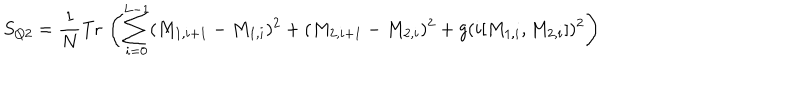
S _ { Q 2 } = \frac { 1 } { N } \mathrm { T r } \, \left( \sum _ { i = 0 } ^ { L - 1 } ( M _ { 1 , i + 1 } - M _ { 1 , i } ) ^ { 2 } + ( M _ { 2 , i + 1 } - M _ { 2 , i } ) ^ { 2 } + g ( i [ M _ { 1 , i } , M _ { 2 , i } ] ) ^ { 2 } \right)